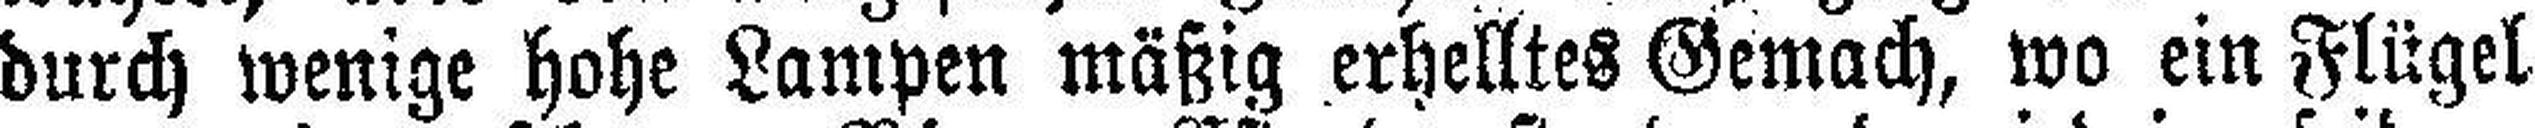
durch wenige hohe Lampen mäßig erhelltes Gemach, wo ein Flügel